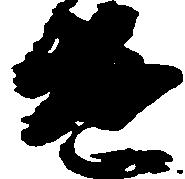
遣